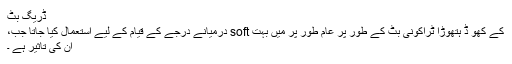
ڈریگ بٹ
کے کھو ڈ ہتھوڑا ٹراکونی بٹ کے طور پر عام طور پر میں بہت soft درمیانے درجے کے قیام کے لیے استعمال کیا جاتا جب،
ان کی تاثیر ہے ۔